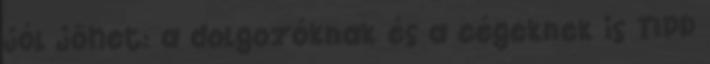
jól jöhet: a dolgozóknak és a cégeknek is TIPP